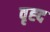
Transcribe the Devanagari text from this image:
वृह्द